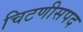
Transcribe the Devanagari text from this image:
चिटणीसपद